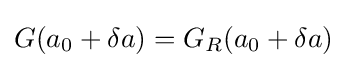
G(a_{0}+\delta a)=G_{R}(a_{0}+\delta a)